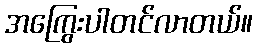
အကြွေးပါတင်လာတယ်။